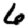
Digit: 6